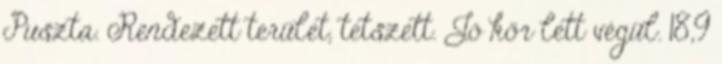
Puszta. Rendezett terület, tetszett. Jó kör lett végül. 18,9